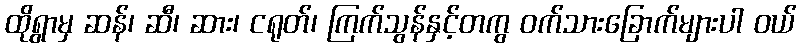
ထိုရွာမှ ဆန်၊ ဆီ၊ ဆား၊ ငရုတ်၊ ကြက်သွန်နှင့်တကွ ဝက်သားခြောက်များပါ ဝယ်